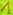
Text: 1